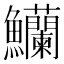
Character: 𬵿